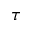
\tau